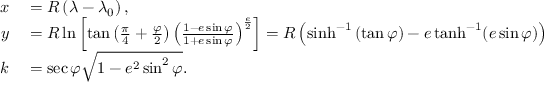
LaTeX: \begin{array} { r l } { x } & { { } = R \left( \lambda - \lambda _ { 0 } \right) , } \\ { y } & { { } = R \ln \left[ \tan \left( { \frac { \pi } { 4 } } + { \frac { \varphi } { 2 } } \right) \left( { \frac { 1 - e \sin \varphi } { 1 + e \sin \varphi } } \right) ^ { \frac { e } { 2 } } \right] = R \left( \sinh ^ { - 1 } \left( \tan \varphi \right) - e \operatorname { t a n h } ^ { - 1 } ( e \sin \varphi ) \right) , } \\ { k } & { { } = \sec \varphi { \sqrt { 1 - e ^ { 2 } \sin ^ { 2 } \varphi } } . } \end{array}